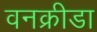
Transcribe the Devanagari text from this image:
वनक्रीडा